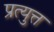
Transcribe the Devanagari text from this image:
प्रत्युत्त